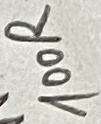
Text: 100R